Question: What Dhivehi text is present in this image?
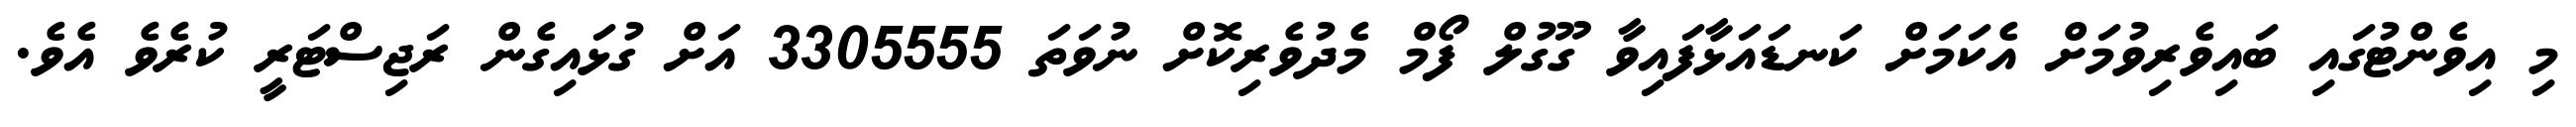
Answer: މި އިވެންޓުގައި ބައިވެރިވުމަށް އެކަމަށް ކަނޑައަޅާފައިވާ ގޫގުލް ފޯމް މެދުވެރިކޮށް ނުވަތަ 3305555 އަށް ގުޅައިގެން ރަޖިސްޓަރީ ކުރެވެ އެވެ.